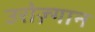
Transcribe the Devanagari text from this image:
उरोज़्गान